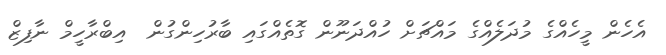
އެހެން މީހެއްގެ މުދަލެއްގެ މައްޗަށް ހުއްދަނޫން ގޮތެއްގައި ބާރުހިންގުން  އިބްރާހީމް ނާފިޒް